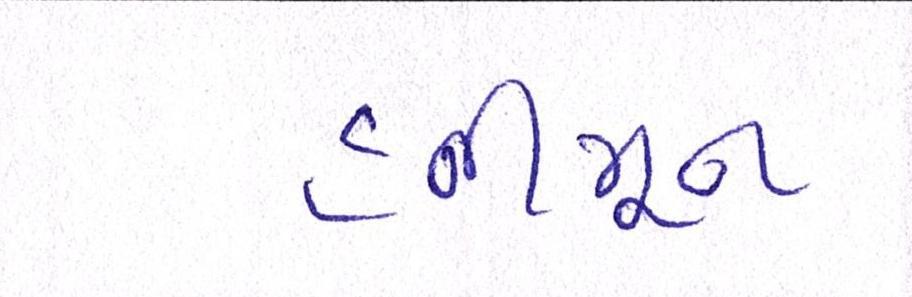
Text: હનીમૂન